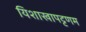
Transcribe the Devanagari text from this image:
यिशाखापट्टणम